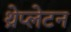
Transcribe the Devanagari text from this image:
थ्रेप्लेटन